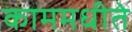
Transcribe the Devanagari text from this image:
काममधीते